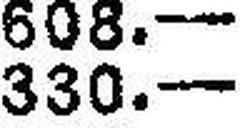
330.—